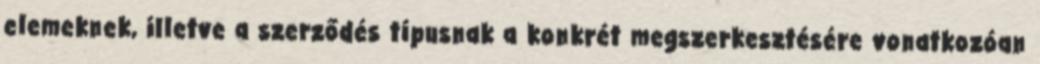
elemeknek, illetve a szerződés típusnak a konkrét megszerkesztésére vonatkozóan